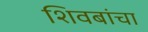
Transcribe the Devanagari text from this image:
शिवबांचा